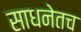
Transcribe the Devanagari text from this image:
साधनेतच